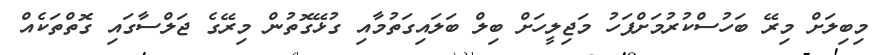
މިބިލަށް މިރޭ ބަހުސްކުރުމަށްފަހު މަޖިލީހަށް ބިލް ބަލައިގަތުމާއި ގުޅޭގޮތުން މިރޭގެ ޖަލްސާގައި ގޮތްތަކެއް